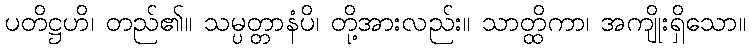
ပတိဋ္ဌဟိ၊ တည်၏။ သမ္ပတ္တာနံပိ၊ တို့အားလည်း။ သာတ္ထိကာ၊ အကျိုးရှိသော။